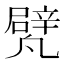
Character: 𠙱